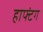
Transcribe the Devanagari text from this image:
हाफ्टंग